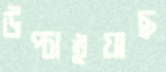
উপ্‌চাইয়াছ